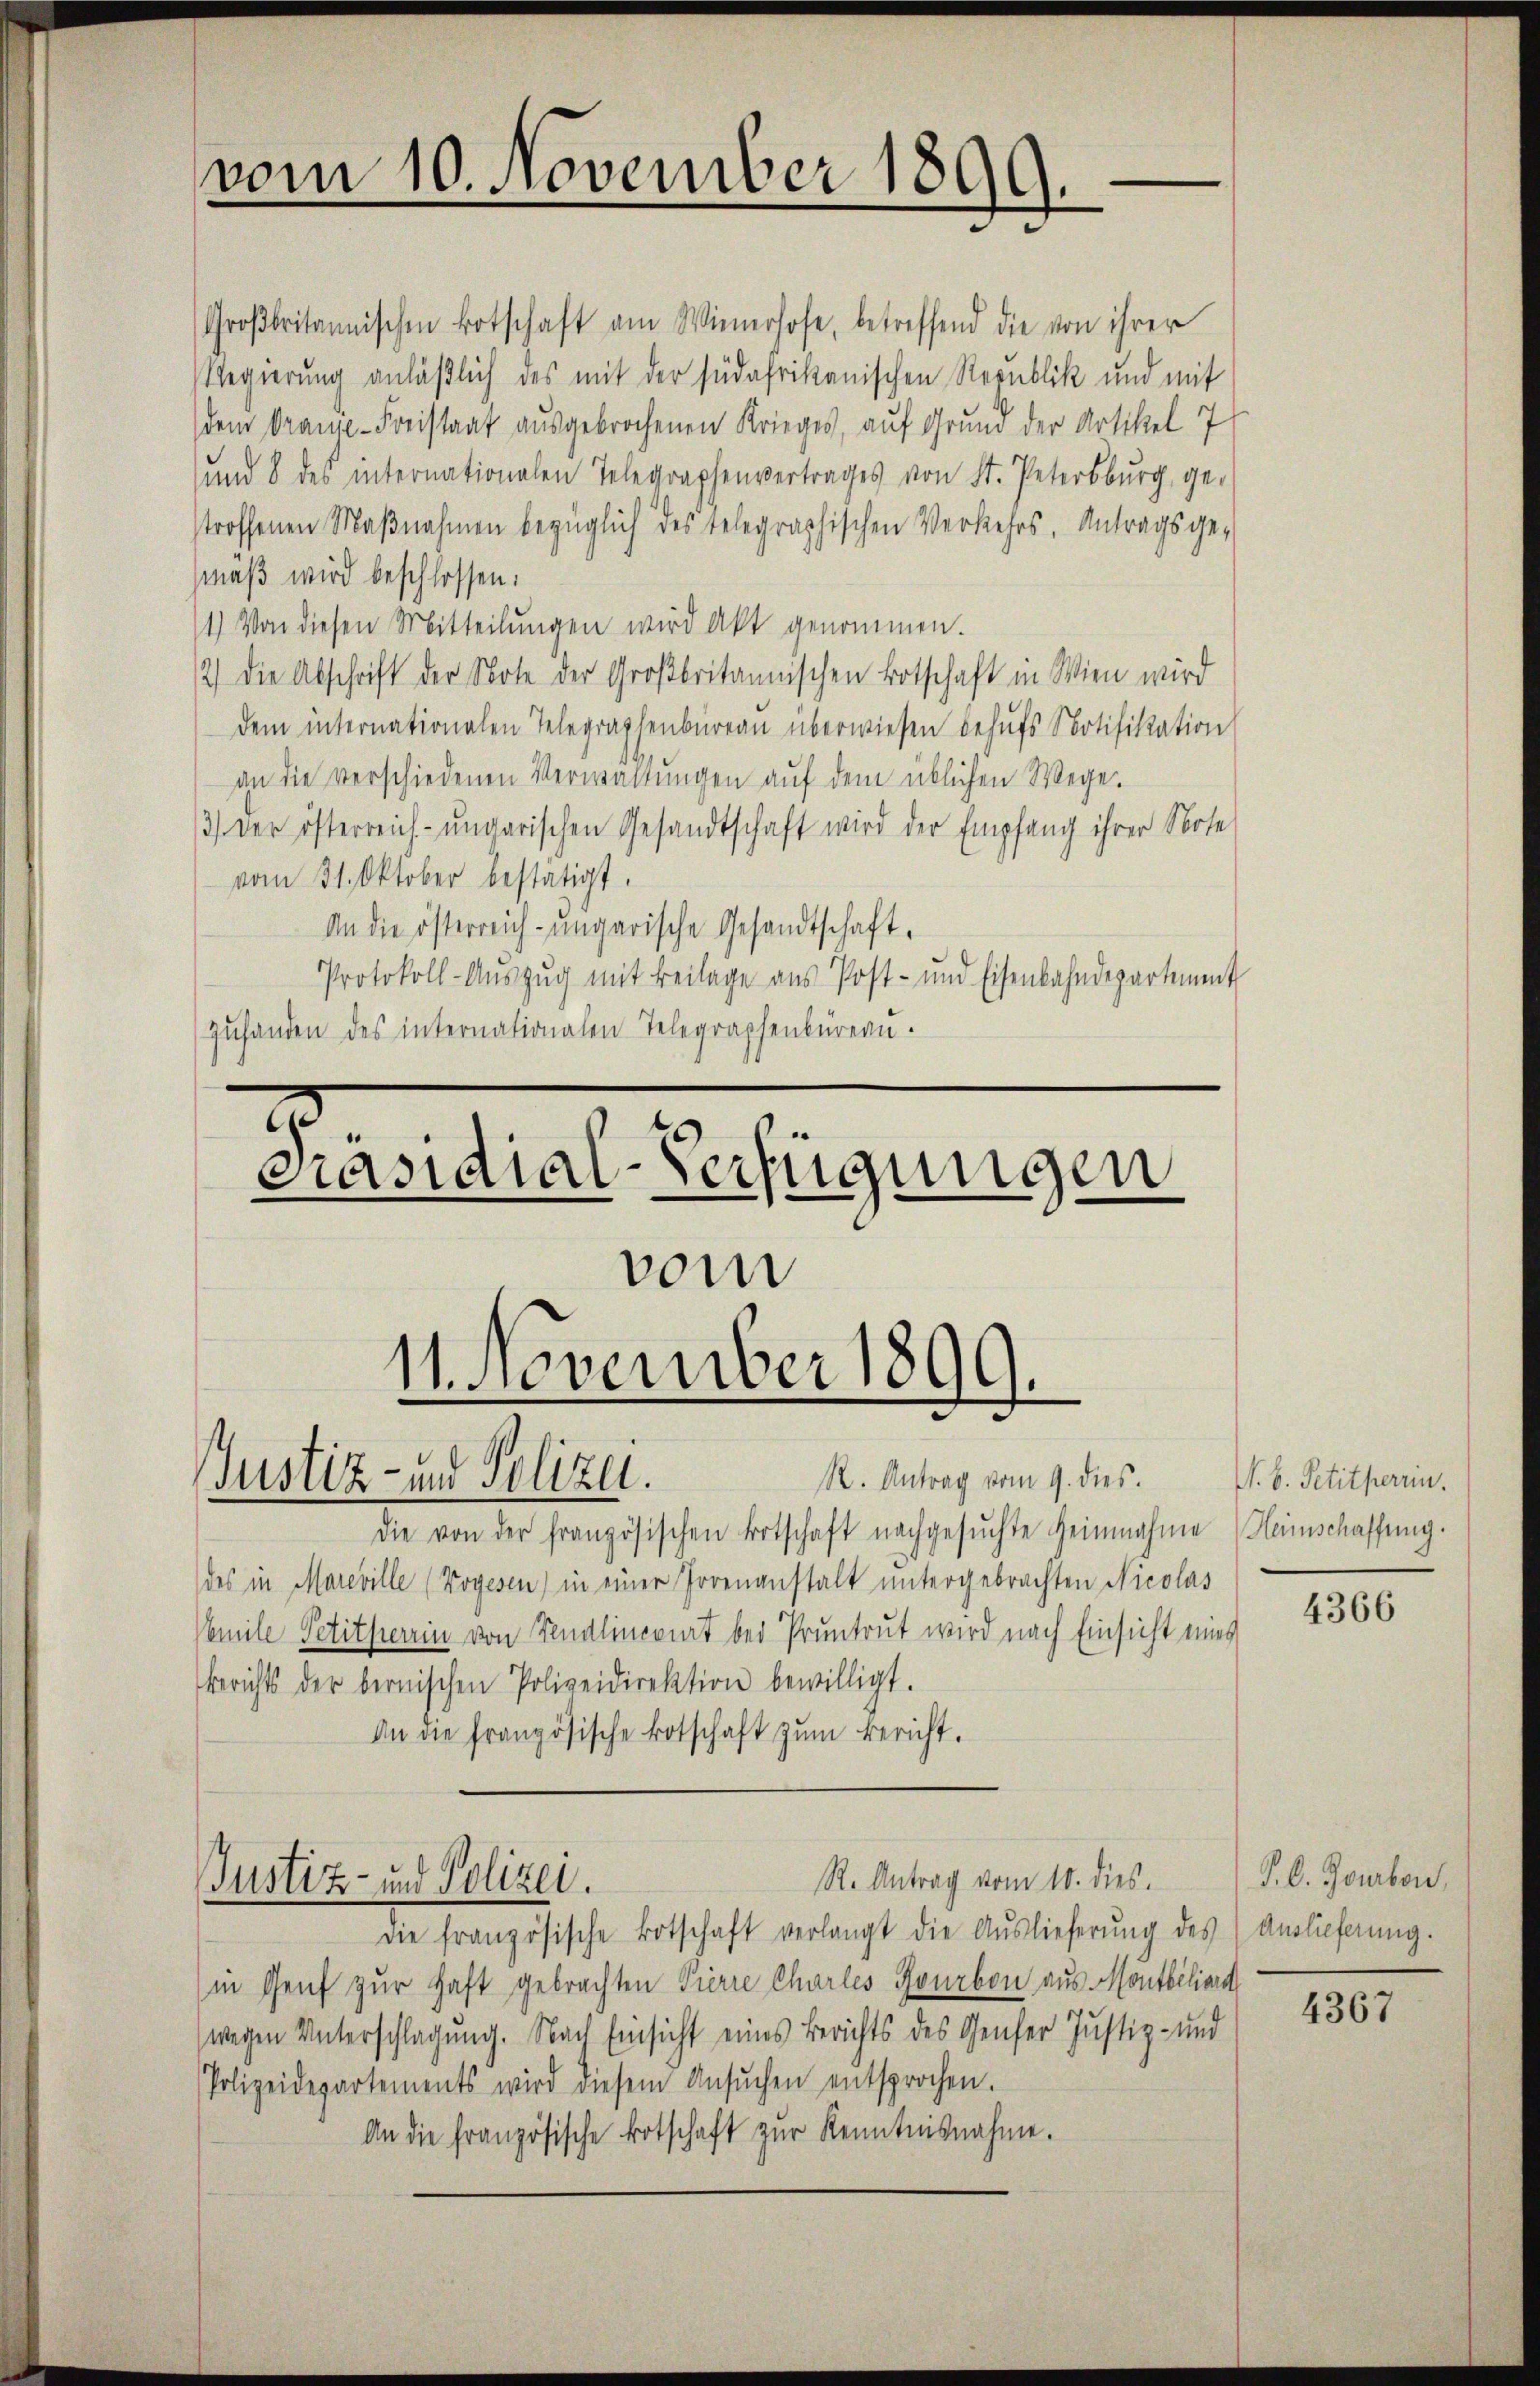
vom 10. November 1899.

Großbritannischen Botschaft am Wienerhofe, betreffend die von ihrer
Regierung anläßlich des mit der südafrikanischen Republik und mit
dem Oranie-Freistaat ausgebrochenen Krieges, auf Grund der Artikel 7
und 8 des internationalen Telegraphenvertrages von St. Petersburg, gestroffenen Maβnahmen bezüglich des Telegraphischen Verkehrs, Antragsge-
mäß wird beschlossen:
1) Von diesen Mitteilungen wird akt genommen.
12) Die Abschrift der Note der Großbritannischen Botschaft in Wien wird
dem internationalen Telegraphenbüreau überwiesen behufs Notifikation
an die verschiedenen Verwaltŭngen aŭf dem üblichen Wege.
3) der österreich-ungarischen Gesandtschaft wird der Empfang ihrer Note
vom 31. Oktober bestätigt.
An die österreich-ungarische Gesandtschaft¬
Protokoll-Aŭszŭg mit Beilage ans Post- und Eisenbahndepartement
zŭhanden des internationalen Telegraphenbüreaŭ.

Präsidial-Verfügungen
vom
11. November 1899.
R. Antrag vom 9. dies
Justiz- und Polizei.

die von der französischen Botschaft nachgesŭchte Heinnahme Heimschaffung.
des in Mareville (Vogesen) in einer Irrenanstalt ŭntergebrachten Nicolas
Famile Petitherrin von Sendlinevirt bei Pruntrut wird nach Einsicht eines
Berichts der bernischen Polizeidirektion bewilligt.
An die französische Botschaft zŭm Bericht.

R. Antrag vom 10. dies.
Justiz- und Polizei.

die französische Botschaft verlangt die Aŭslieferŭng des Auslieferung.
in Genf zur Haft gebrachten Pierre Charles Fourbon aus Montbiliar
wegen Unterschlagung. Nach Einsicht eines Berichts des Genfer Justiz- und
Polizeidepartements wird diesem Ansŭchen entsprochen.
An die französische Botschaft zur Kenntnisnahme.

N. B. Petitherrn.

4366

P. C. Jourben,

4367